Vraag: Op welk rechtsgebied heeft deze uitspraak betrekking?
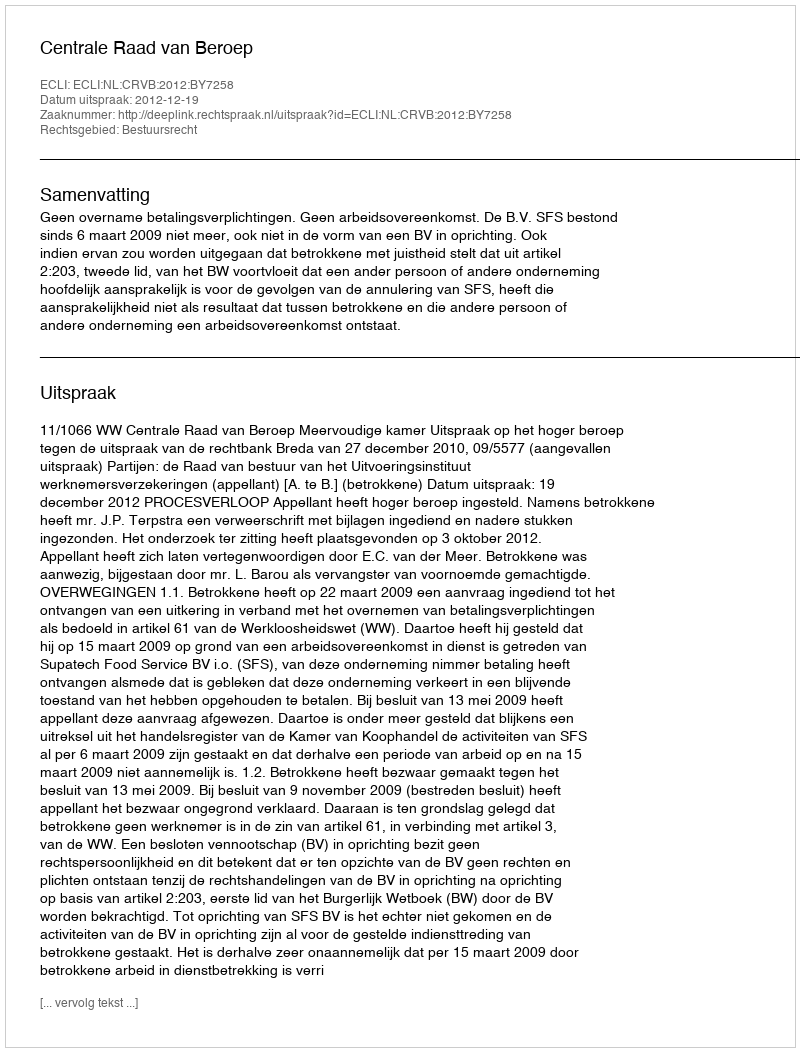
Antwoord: Bestuursrecht